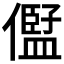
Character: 𠏫